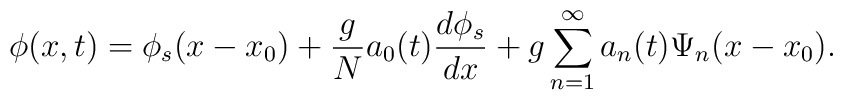
\phi(x,t)=\phi_s(x-x_0)+\frac{g}{N} a_0(t) \frac{d\phi_s}{dx}+g \sum_{n=1}^{\infty} a_n(t) \Psi_n(x-x_0).